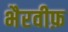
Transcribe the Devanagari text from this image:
भैरवीफ़